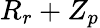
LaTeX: R_{r}+Z_{p}